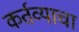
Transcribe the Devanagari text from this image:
कर्तव्याचा